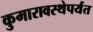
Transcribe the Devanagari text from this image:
कुमारावस्थेपर्यंत